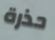
حذرة